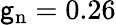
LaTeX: \mathsf{g}_{\mathrm{{n}}}=0.26